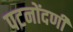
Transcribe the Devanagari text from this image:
पटनोंदणी